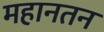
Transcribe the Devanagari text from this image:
महानतन